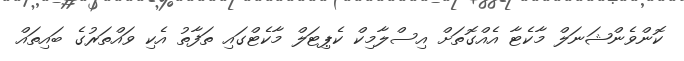
ކޮންވެންޝަނަލް މާކެޓާ އެއްގޮތަށް އިސްލާމިކް ކެޕިޓަލް މާކެޓްގައި ތަފާތު އެކި ވައްތަރުގެ ބައިތައް